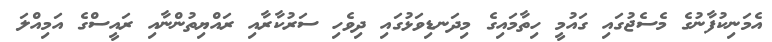
އެމަނިކުފާނުގެ މެސެޖުގައި ގައުމީ ހިތާމައިގެ މިދަނޑިވަޅުގައި ދިވެހި ސަރުކާރާއި ރައްޔިތުންނާއި ރައީސްގެ އަމިއްލަ